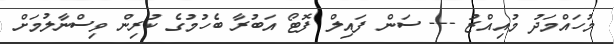
މުހައްމަދު މުއިއްޒު --- ސަން ފައިލް ފޮޓޯ އަބުރާ ބެހުމުގެ ކުރިން ވިސްނާލުމަށް